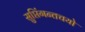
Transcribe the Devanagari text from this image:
सुप्तिंगन्तचयो